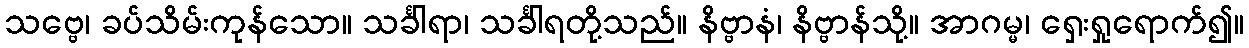
သဗ္ဗေ၊ ခပ်သိမ်းကုန်သော။ သင်္ခါရာ၊ သင်္ခါရတို့သည်။ နိဗ္ဗာနံ၊ နိဗ္ဗာန်သို့။ အာဂမ္မ၊ ရှေးရှုရောက်၍။